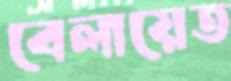
বেলায়েত